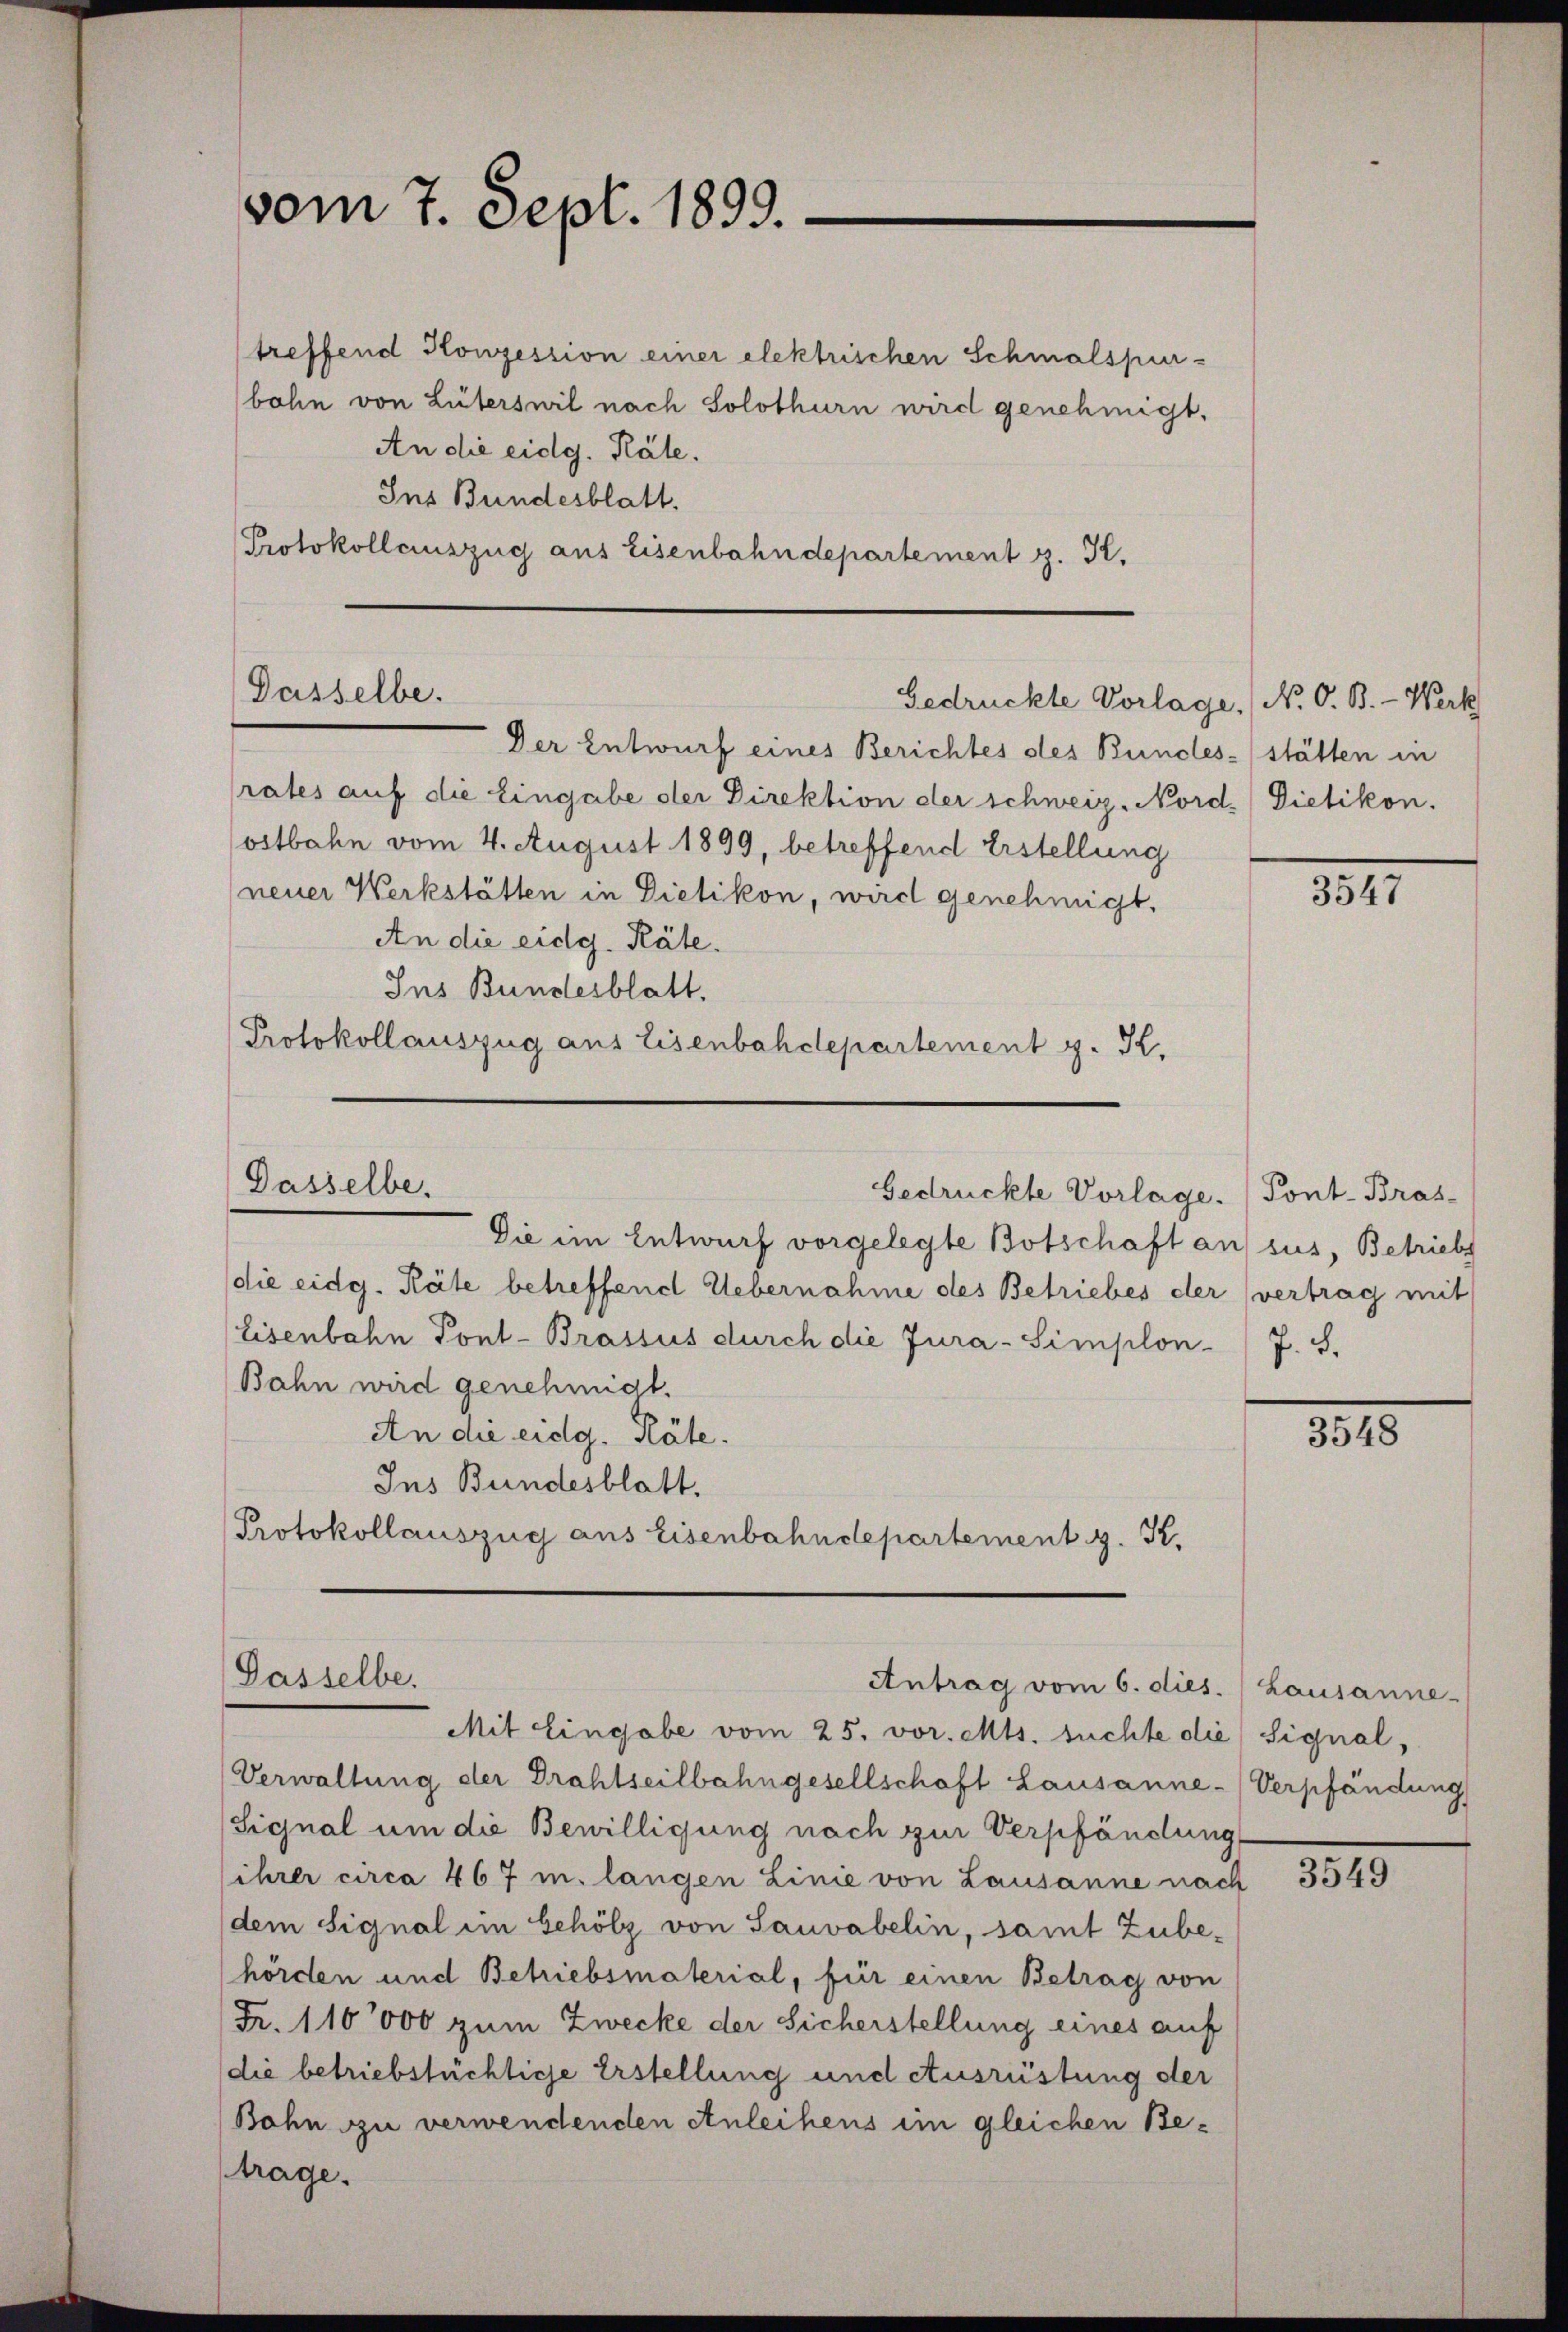
vom 7. Sept. 1899.

treffend Konzession einer elektrischen Schmalspur-
bohn von Lüterswil nach Solothurn wird genehmigt.
An die eidg. Räte.
Ins Bundesblatt.
Protokollauszug aus Eisenbahndepartement z. K.

Dasselbe.
Gedruckte Vorlage. (N. O. B. - Werk

Der Entwurf eines Berichtes des Bundes-stätten in
rates auf die Eingabe der Direktion der schweiz. Nordostbahn vom 4. August 1899, betreffend Erstellung
neuer Werkstätten in Dietikon, wird genehmigt,
An die eidg. Räte.
Ins Bundesblatt.
Protokollauszug aus Eisenbahdepartement z. K.

Dasselbe.
Gedrückte Vorlage. (Pont-Bras-

Die im Entwurf vorgelegte Botschaft an sus, Betriebs
die eidg. Räte betreffend Uebernahme des Betriebes der vertrag mit
Eisenbahn Pont-Brassus durch die Jura-Simplon J. S.
Bahn wird genehmigt.
An die eidg. Räte.
Ins Bundesblatt.
Protokollauszug aus Eisenbahndepartement z. K.

Mit Eingabe vom 25. vor. Mts. suchte die Signal,
Verwaltung der Drahtseilbahngesellschaft Lausanne-Verpfändung
Signal um die Bewilligung nach zur Verpfändung
ihrer circa 467 m langen Linie von Lausanne nach
dem Signal im behölz von Sauvabelin, samt Zube-
hörden und Betriebsmaterial, für einen Betrag von
Fr. 110000 zum Zwecke der Sicherstellung eines auf
die betriebstüchtige Erstellung und Ausrüstung der
Bohn zu verwendenden Anleihens im gleichen Betrage.

Gasselbe.
Antrag vom 6. dies. Lausanne

Dietikon.

3547

3548

3549